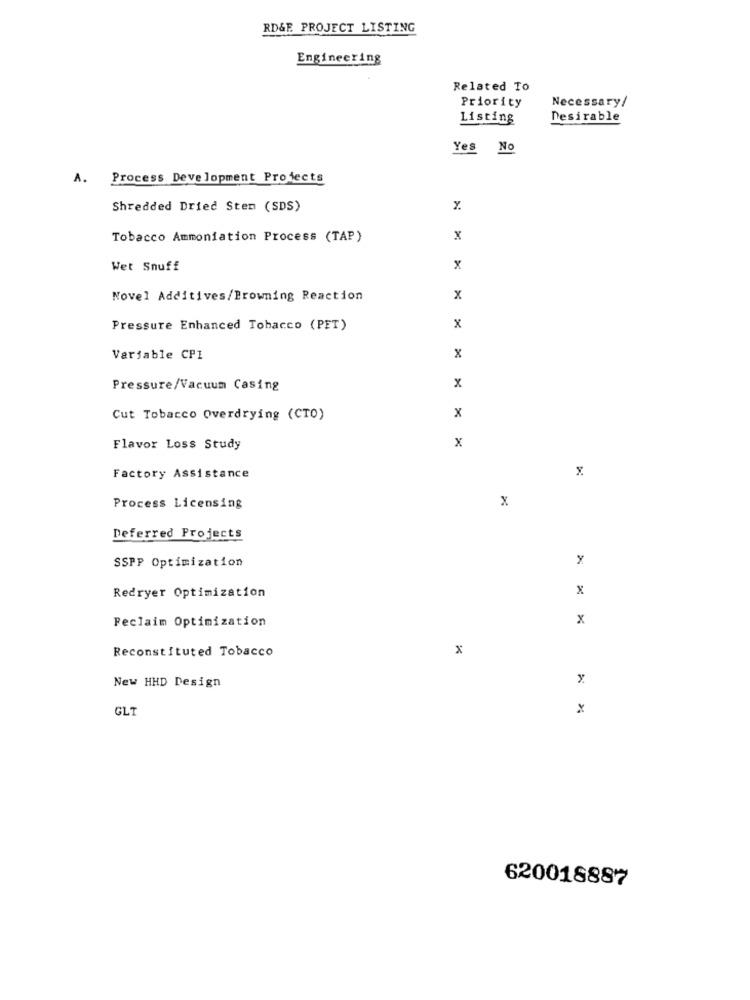
RD&E PROJECT LISTING
Engineering
Related To
Priority
Necessary/
Listing
Desirable
Yes No
A.
Process Development Projects
Shredded Dried Sten (SDS)
Tobacco Ammoniation Process (TAP)
x
Wet Snuff
x
Novel Additives/Browning Reaction
x
Pressure Enhanced Tobacco (PET)
x
Variable CP1
x
Pressure/Vacuum Casing
x
Cut Tobacco Overdrying (CTO)
x
x
Flavor Loss Study
Factory Assistance
x
Process Licensing
Deferred Projects
SSPP Optimization
x
Redryer Optimization
Feclaim Optimization
x
Reconstituted Tobacco
x
New HHD Design
GLT
x
620018887